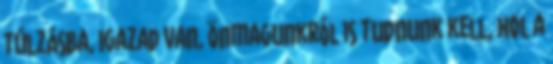
túlzásba, Igazad van, önmagunkról is tudnunk kell, hol a